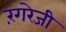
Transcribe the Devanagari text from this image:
रंगरेजी